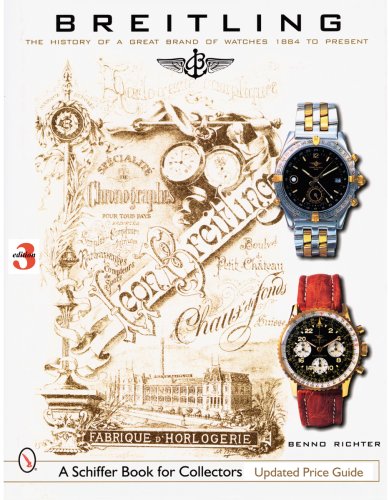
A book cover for Breitling: The History of a Great Brand of Watches 1884 to the Present (Schiffer Book for Collectors); Benno Richter; Crafts, Hobbies & Home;